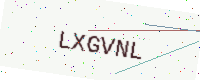
Text: LXGVNL